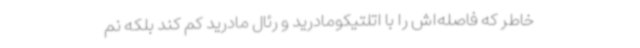
خاطر که فاصله‌اش را با اتلتیکومادرید و رئال مادرید کم کند بلکه نم